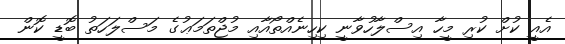
އެއީ ކުށް ކުރި މީހާ އިސްލާހުވާނީ ކިހިނެއްތޯއާއި މުޖްތަމަޢުގެ މަސްލަހަތު ބޮޑީ ކޮން